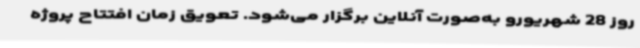
روز 28 شهریورو به‌صورت آنلاین برگزار می‌شود. تعویق زمان افتتاح پروژه